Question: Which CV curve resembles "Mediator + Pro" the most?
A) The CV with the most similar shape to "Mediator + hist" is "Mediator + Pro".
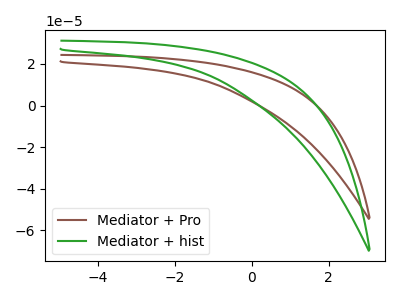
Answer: <think>The brown curve "Mediator + Pro" has no peaks. The green curve "Mediator + hist" has no peaks.
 Neither "Mediator + Pro" or "Mediator + hist" have any peaks.</think>
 <answer>A) The CV with the most similar shape to "Mediator + hist" is "Mediator + Pro".</answer>
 <eval>A</eval>